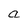
Character: a